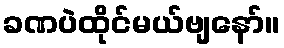
ခဏပဲထိုင်မယ်ဗျနော်။